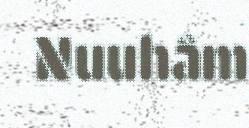
Nuuhâm